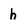
Character: h